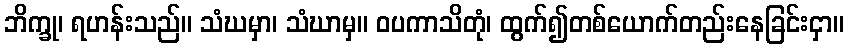
ဘိက္ခု၊ ရဟန်းသည်။ သံဃမှာ၊ သံဃာမှ။ ဝပကာသိတုံ၊ ထွက်၍တစ်ယောက်တည်းနေခြင်းငှာ။